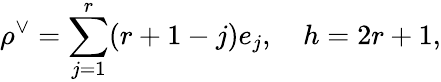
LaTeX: \rho^{\vee}=\sum_{j=1}^{r}(r+1-j)e_{j},\quad h=2r+1,